Vaccination in Bombay 1902-1912 - 1902-1912
Year: 1902
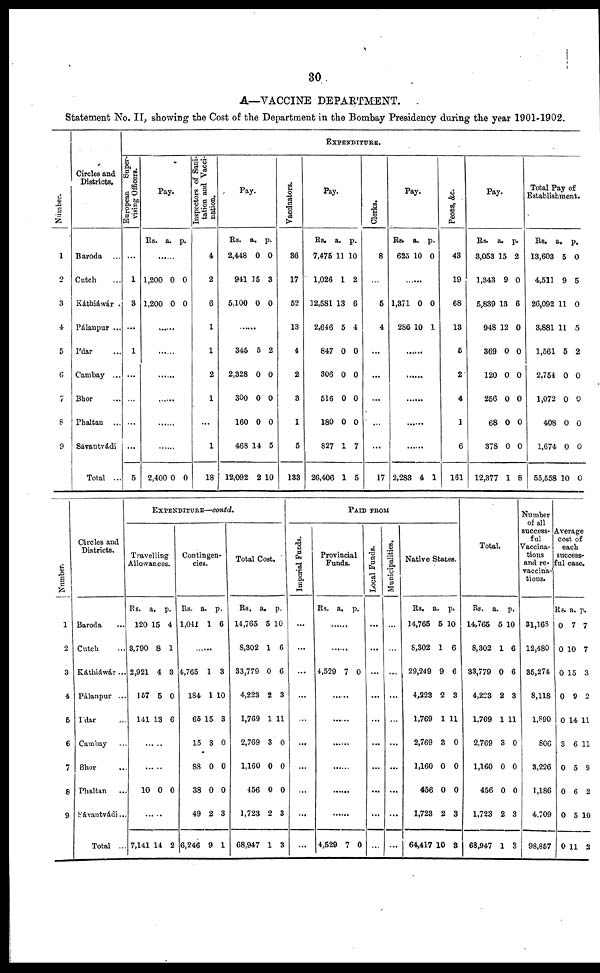
30
A—VACCINE DEPARTMENT.
Statement No. II, showing the Cost of the Department in the Bombay Presidency during the year 1901-1902.
Number.
1
2
3
4
5
6
7
8
9
Circles and
Districts.
Baroda ...
Catch ...
Káthiáwár .
Pálanpur ...
I'dar ...
Cambay ...
Bhor ...
Phaltan ...
Sávantvádi
Total ...
EXPENDITURE.
European
Super-
vising Officers.
...
1
3
...
1
...
...
...
...
5
Pay.
Rs.
a. p.
......
1,200
1,200
0
0
0
0
......
......
......
......
......
......
2,400 0 0
Inspectors of Sani-
tation and Vacci-
nation.
4
2
6
1
1
2
1
...
1
18
Pay.
Rs.
2,448
941
5,100
a.
0
15
0
p.
0
3
0
......
345
2,328
300
160
468
12,092
5
0
0
0
14
2
2
0
0
0
5
10
Vaccinators.
36
17
52
13
4
2
3
1
5
133
Pay.
Rs.
7,475
1,026
12,581
2,646
847
306
516
180
827
26,406
a.
11
1
13
5
0
0
0
0
1
1
p.
10
2
6
4
0
0
0
0
7
5
Clerks.
8
...
5
4
...
...
...
...
...
17
Pay.
Rs.
625
a.
10
p.
0
......
1,371
286
0
10
0
1
......
......
......
......
......
2,283 4 1
Peons, &c.
43
19
68
13
5
2
4
1
6
161
Pay.
Rs.
3,053
1,343
5,839
948
369
120
256
68
378
12,377
a.
15
9
13
12
0
0
0
0
0
1
p.
2
0
6
0
0
0
0
0
0
8
Total Pay of
Establishment.
Rs.
13,603
4,511
26,092
3,881
1,561
2,754
1,072
408
1,674
55,558
a.
5
9
11
11
5
0
0
0
0
10
p.
0
5
0
5
2
0
0
0
0
0
Number.
1
2
3
4
6
6
7
8
9
Circles and
Districts.
Baroda ...
Cutch ...
Káthiawár ...
Pálanpur ...
I'dar ...
Cambay ...
Bhor ...
Phaltan ...
Sávantvádi...
Total ...
EXPENDITURE—contd.
Travelling
Allowances.
Rs.
120
3,790
2,921
157
141
a.
15
8
4
5
13
p.
4
1
3
0
6
.
10 0 0
7,141 14 2
Contingen-
cies.
Rs.
1,041
a.
1
p.
6
......
4,765
184
65
15
88
38
49
6,246
1
1
15
3
0
0
2
9
3
10
3
0
0
0
3
1
Total Cost.
Rs.
14,765
8,302
33,779
4,223
1,769
2,769
1,160
456
1,723
68,947
a.
5
1
0
2
1
3
0
0
2
1
p.
10
6
6
3
11
0
0
0
3
3
PAID FROM
Imperial Funds.
...
...
...
...
...
...
...
...
...
...
Provincial
Funds.
Rs.
a. p.
......
......
4,529 7 0
......
......
......
......
......
......
4,529 7 0
Local Funds.
...
...
...
...
...
...
...
...
...
...
Municipalities.
...
...
...
...
...
...
...
...
...
...
Native States.
Rs.
14,765
8,302
29,249
4,223
1,769
2,769
1,160
456
1,723
64,417
a.
5
1
9
2
1
3
0
0
2
10
p.
10
6
6
3
11
0
0
0
3
3
Total.
Rs.
14,765
8,302
33,779
4,223
1,769
2,769
1,160
456
1,723
68,947
a.
5
1
0
2
1
3
0
0
2
1
p.
10
6
6
3
11
0
0
0
3
3
Number
of all
success-
ful
Vaccina-
tions
and re¬
vaccina-
tions.
31,168
12,480
35,274
8,118
1,890
806
3,226
1,186
4,709
98,857
Average
cost of
each
success¬
ful case.
Rs.
0
0
0
0
0
3
0
0
0
0
a.
7
10
15
9
14
6
5
6
5
11
p.
7
7
3
2
11
11
9
2
10
2